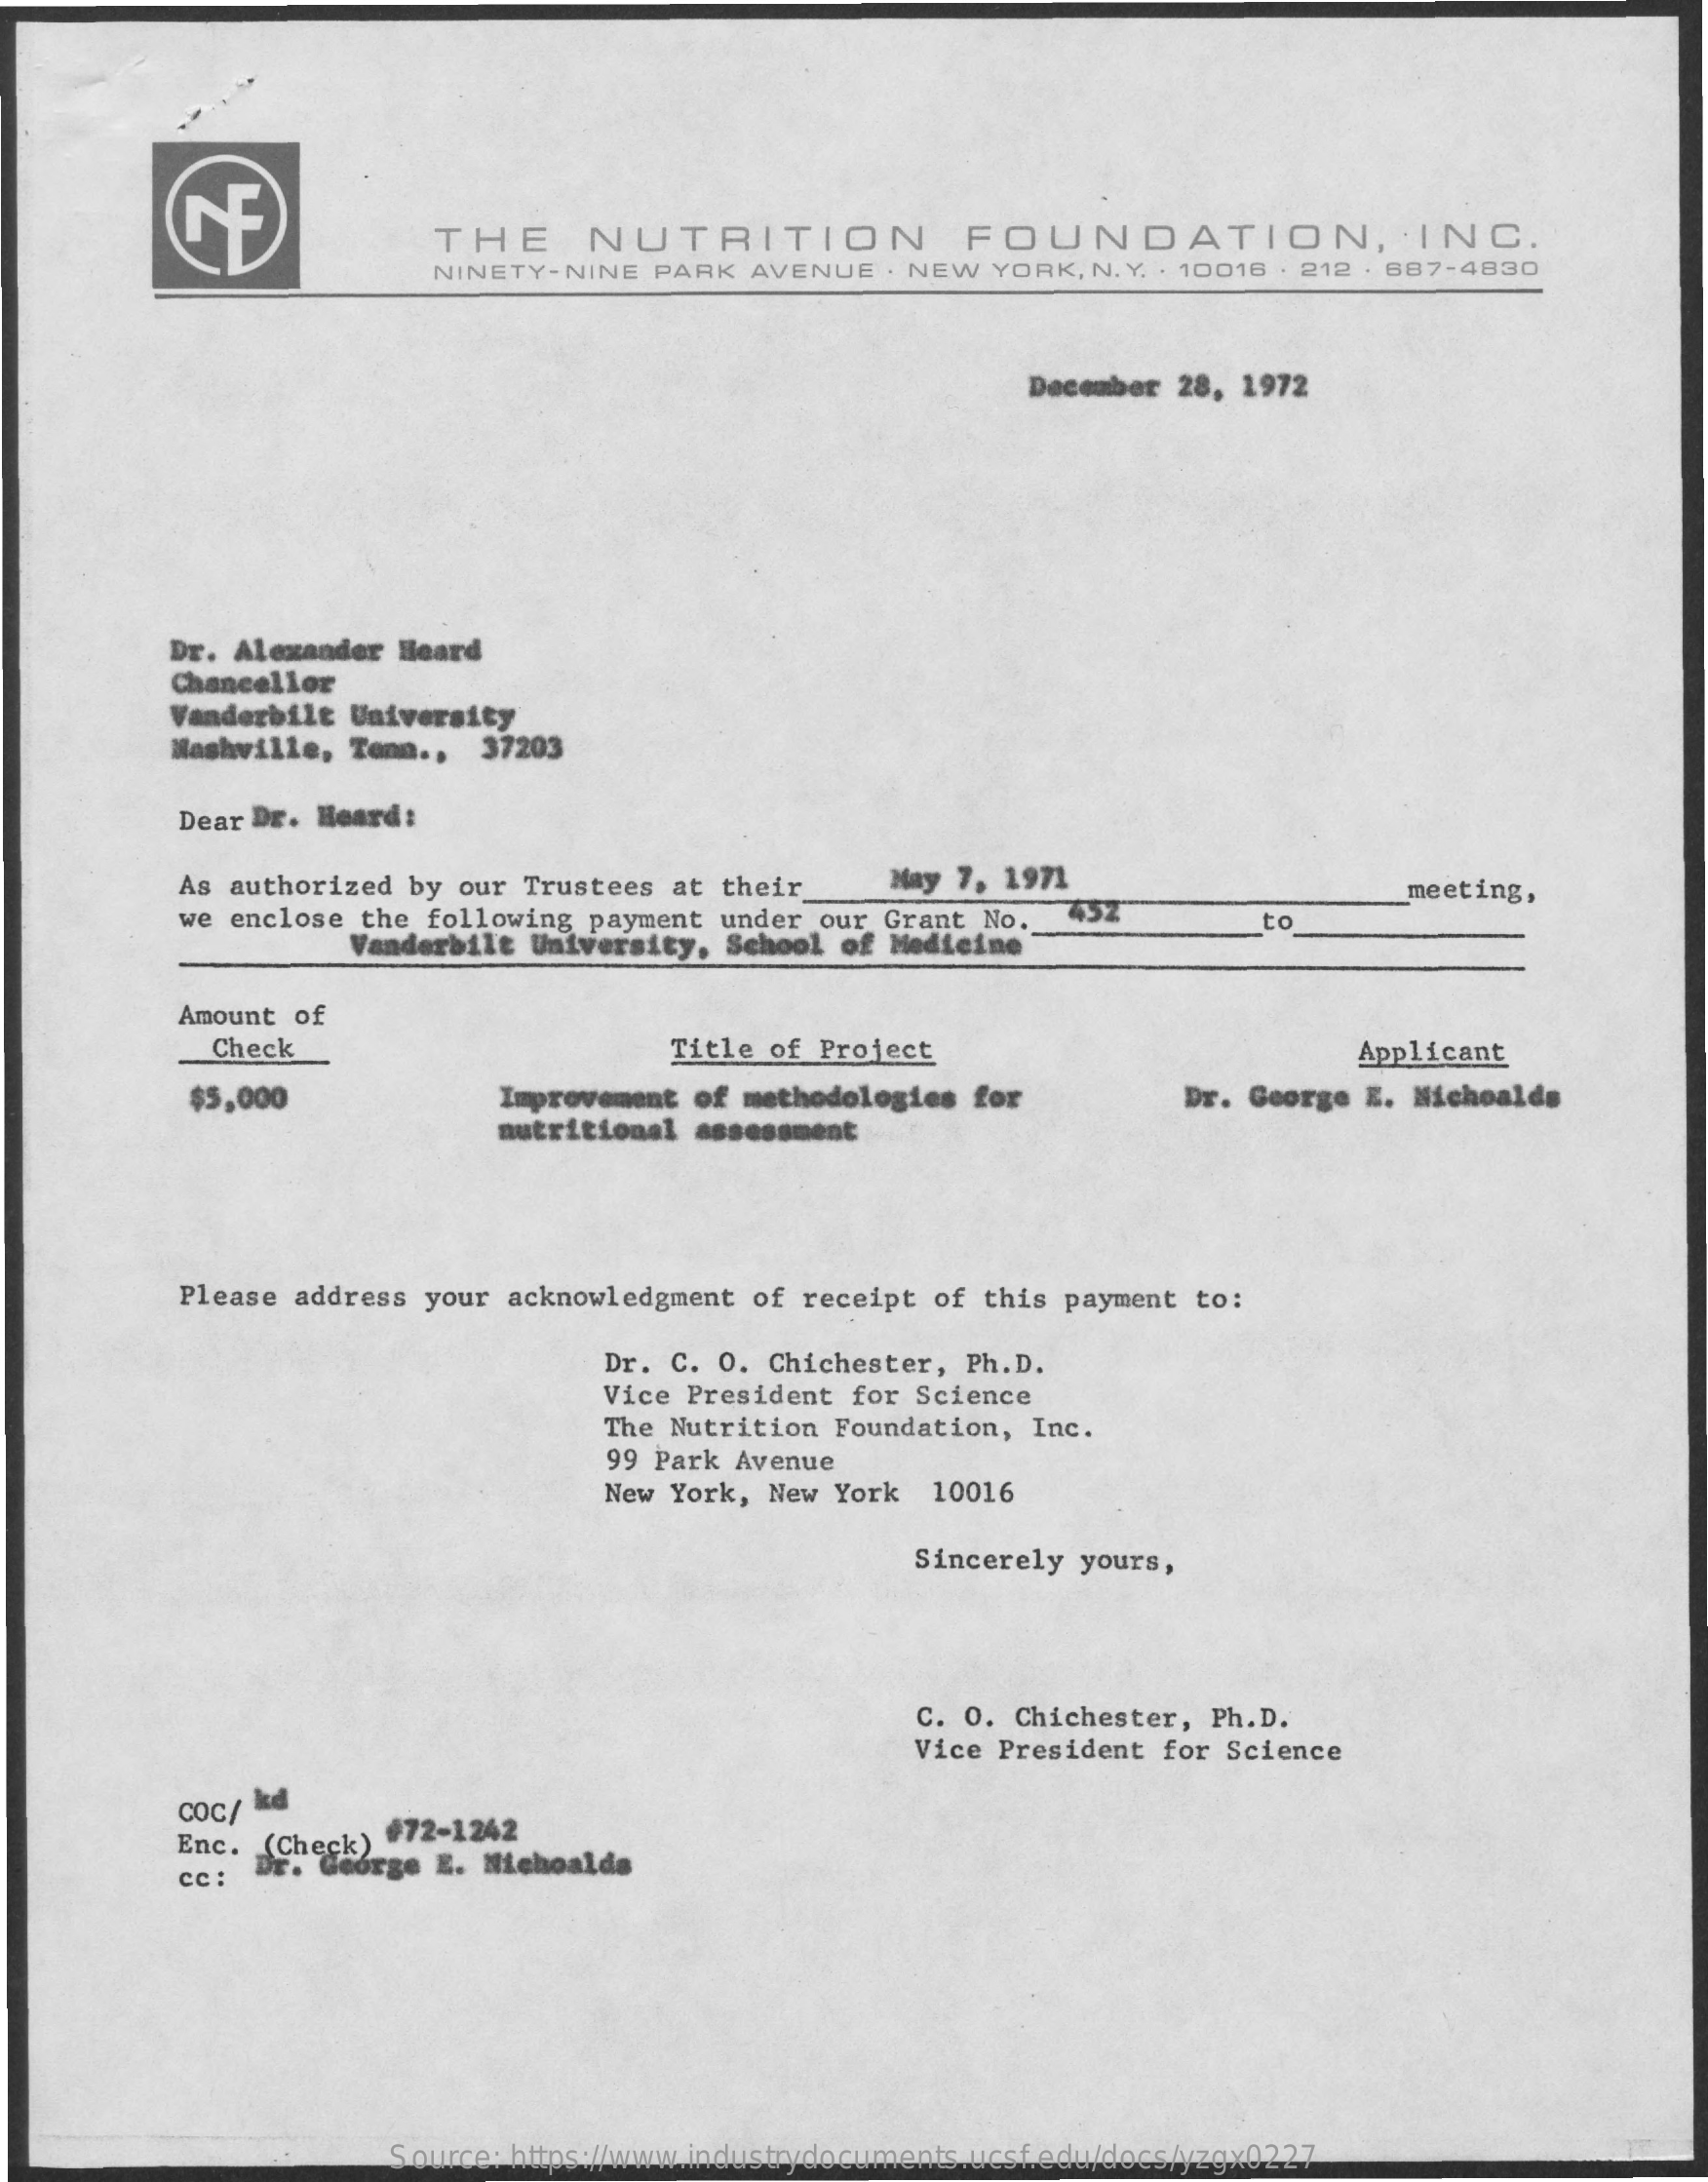
CE    THE    NUTRITION    FOUNDATION,    INC.
     NINETY-NINE   PARK  AVENUE   . NEW YORK,  N. Y. . 10016 . 212 . 687-4830
     December 28, 1972
     Dr. Alexander Heard
     Chancellor
     Vanderbilt University
     Nashville, Tenn .,  37203
     Dear Dr. Heard:
     As authorized by our Trustees  at their    May 7, 1971
     we enclose the following payment  under our Grant  No.  452
     meeting,
     Vanderbilt  University, School  of Medicine
     to
     Amount of
     Check    Title of Project    Applicant
     $5,000    Improvement of methodologies  for    Dr. George E. Nichoalds
     nutritional assessment
     Please address your acknowledgment  of receipt of this  payment to:
     Dr. C. O. Chichester, Ph.D.
     Vice President for Science
     The Nutrition Foundation,  Inc.
     99 Park Avenue
     New York, New York  10016
     Sincerely yours,
     C. O. Chichester, Ph.D.
     Vice President for Science
     coc/ kd
     Enc. (Check) #72-1242
     cc : Dr. George E. Nichoalds
     Source: https://www.industrydocuments.ucsf.edu/docs/yzgx0227